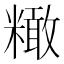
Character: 𥼲